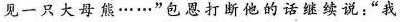
见一只大母熊……”包恩打断他的话继续说:我